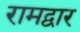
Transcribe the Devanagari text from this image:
रामद्वार